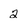
Character: 2